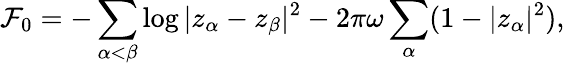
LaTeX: \mathcal F_{0}=-\sum_{\alpha<\beta}\log|z_{\alpha}-z_{\beta}|^{2}-2\pi\omega\sum_{\alpha}(1-|z_{\alpha}|^{2}),